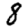
Digit: 8